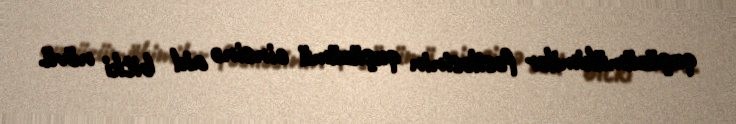
quşüzümükimilər fəsiləsinin quşüzümü cinsinə aid bitki növü.